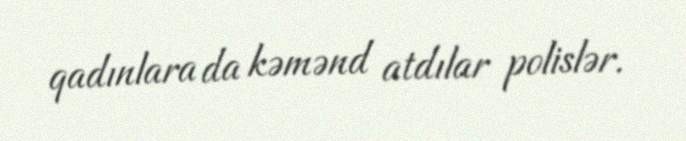
qadınlara da kəmənd atdılar polislər.